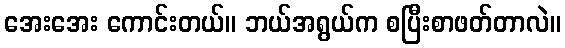
အေးအေး ကောင်းတယ်။ ဘယ်အရွယ်က စပြီးစာဖတ်တာလဲ။